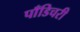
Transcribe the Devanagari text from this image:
पाँडिचरी